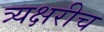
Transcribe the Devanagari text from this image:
त्र्यक्षरीच